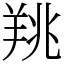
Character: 䍮